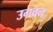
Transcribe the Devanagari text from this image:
उगवन